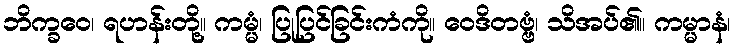
ဘိက္ခဝေ၊ ရဟန်းတို့။ ကမ္မံ၊ ပြုပြင်ခြင်းကံကို။ ဝေဒိတဗ္ဗံ၊ သိအပ်၏။ ကမ္မာနံ၊